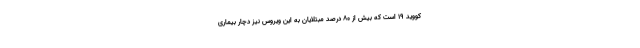
کووید ۱۹ است که بیش از ۸۰ درصد مبتلایان به این ویروس نیز دچار بیماری